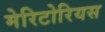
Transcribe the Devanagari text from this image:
मेरिटोरियस